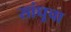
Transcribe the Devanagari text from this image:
सांधूचा